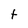
Character: t